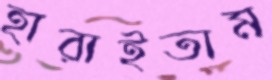
হারাইতাম